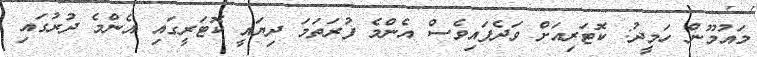
މައުމޫން ހަމީދު: ކޮޓަރިއަށް ވަދެފައިވެސް އެންމެ ފުރަތަމަ ދިޔައީ ކޮޓަރީގައި އެންމެ ދުރުގައި